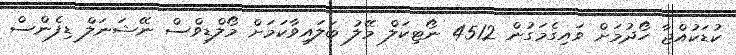
ކުޑަކުއްޖާ ހޯދުމަށް ވައިގެމަގުން 4512 ނޯޓިކަލް މޭލު ބަލައިވާކަމަށް މޯލްޑިވްސް ނޭޝަނަލް ޑިފެންސް